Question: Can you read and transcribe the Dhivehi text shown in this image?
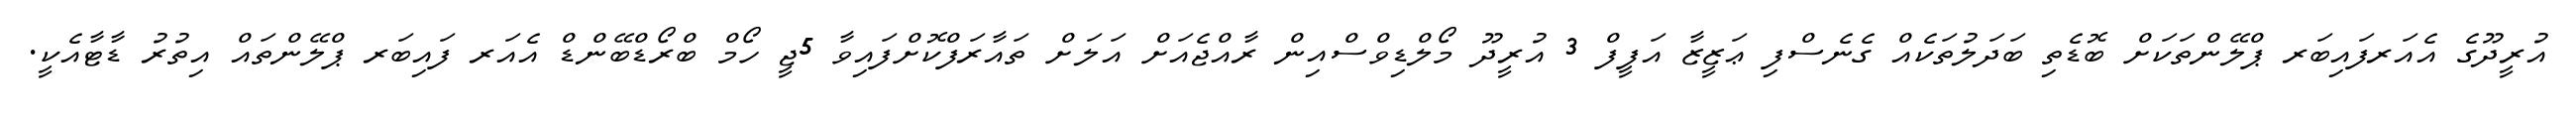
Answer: އުރީދޫގެ އެއަރފައިބަރ ޕްލޭންތަކަށް ބޮޑެތި ބަދަލުތަކެއް ގެނެސްފި ޢަޒީޒާ އަފީފް 3 އުރީދޫ މޯލްޑިވްސްއިން ރާއްޖެއަށް އަލަށް ތައާރަފްކޮށްފައިވާ 5ޖީ ހޯމް ބްރޯޑްބޭންޑް އެއަރ ފައިބަރ ޕްލޭންތައް އިތުރު ޑާޓާއެކީ.